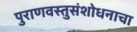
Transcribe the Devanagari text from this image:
पुराणवस्तुसंशोधनाचा